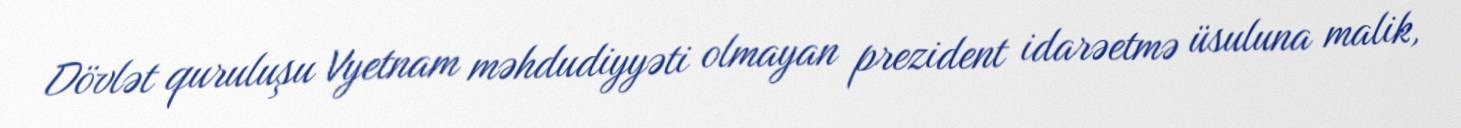
Dövlət quruluşu Vyetnam məhdudiyyəti olmayan prezident idarəetmə üsuluna malik,